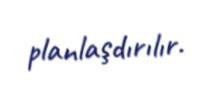
planlaşdırılır.